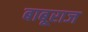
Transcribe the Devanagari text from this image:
बाबूराज